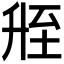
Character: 𬛲